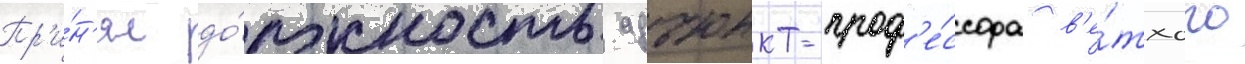
Пр'и́н'ял до́лжность адъюнкт-проф'е́ссора в'е́тхого